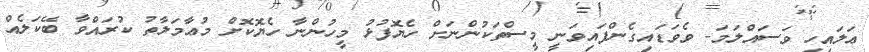
ޢަލައިހި ވަސައްލަމަ- ވެވަޑައިގެންފައިވަނީ މީސްތަކުންނަށް ހެޔޮފުޅު މީހުންނާ ހެޔޮކޮށް މުޢާމަލާތު ކުރައްވާ ބޭކަލެއް